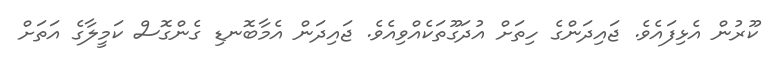
ކޫރުން އެޅިފައެވެ. ޖައިދަންގެ ހިތަށް އުދަގޫތަކެއްވިއެވެ. ޖައިދަން އެމާބޮނޑި ގެންގޮސް ކަމީލާގެ އަތަށް